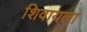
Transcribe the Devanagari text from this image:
शिवायला